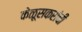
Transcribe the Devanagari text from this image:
केळूसकरांची